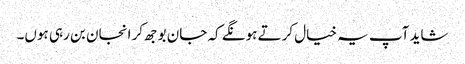
شاید آپ یہ خیال کرتے ہونگے کہ جان بوجھ کر انجان بن رہی ہوں۔